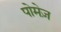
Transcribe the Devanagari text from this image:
पोमेज़